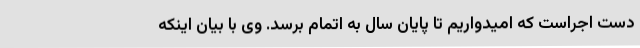
دست اجراست که امیدواریم تا پایان سال به اتمام برسد. وی با بیان اینکه